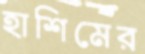
হাশিমের